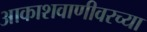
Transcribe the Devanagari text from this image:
आकाशवाणीवरच्‍या